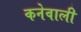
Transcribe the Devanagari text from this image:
कनेवाली